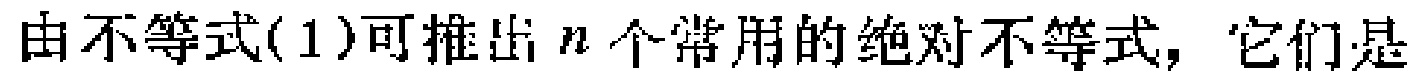
由不等式(1)可推出\(n\)个常用的绝对不等式，它们是